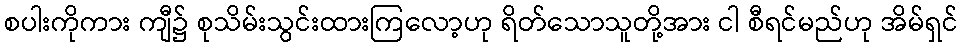
စပါးကိုကား ကျီ၌ စုသိမ်းသွင်းထားကြလော့ဟု ရိတ်သောသူတို့အား ငါ စီရင်မည်ဟု အိမ်ရှင်